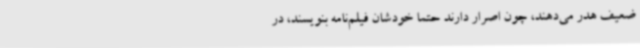
ضعیف هدر می‌دهند، چون اصرار دارند حتما خودشان فیلم‌نامه بنویسند، در